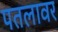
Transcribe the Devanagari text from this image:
पतलावर